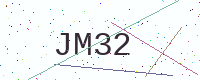
Text: JM32